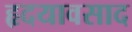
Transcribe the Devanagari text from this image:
हृदयावसाद